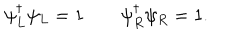
\psi _ { L } ^ { \dagger } \psi _ { L } = 1 \quad \quad \psi _ { R } ^ { \dagger } \psi _ { R } = 1 .